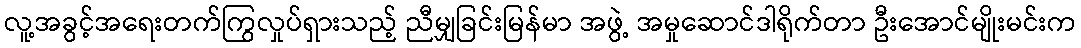
လူ့အခွင့်အရေးတက်ကြွလှုပ်ရှားသည့် ညီမျှခြင်းမြန်မာ အဖွဲ့ အမှုဆောင်ဒါရိုက်တာ ဦးအောင်မျိုးမင်းက